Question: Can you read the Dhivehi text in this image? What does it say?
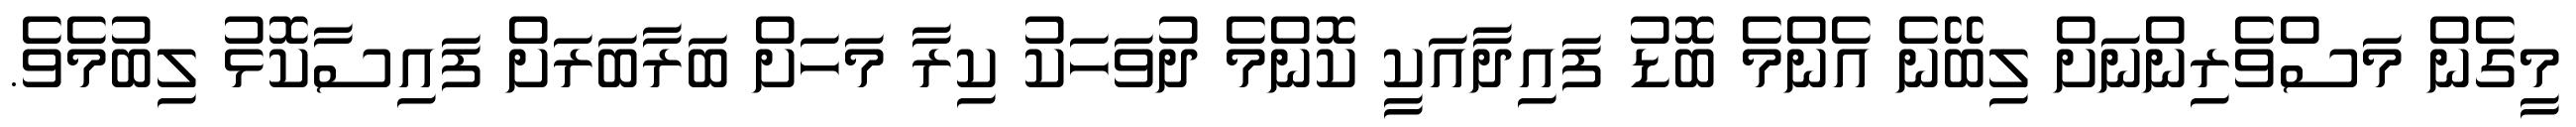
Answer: މީގެން މަސްވެރިންނަށް ލިބޭނެ އެންމެ ބޮޑު ފައިދާއަކީ ކޮންމެ ދުވަހަކު ކިރާ މަހަށް ބަރާބަރަށް ފައިސާކޮޅު ލިބުމެވެ.